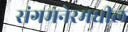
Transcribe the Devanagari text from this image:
संगमनेरमधील